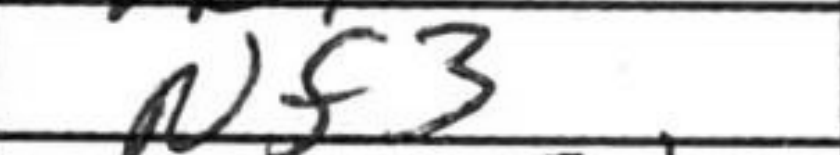
Transcription: Nf3